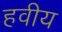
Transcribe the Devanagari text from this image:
हवीय